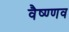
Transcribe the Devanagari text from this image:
वैष्ण्णव